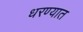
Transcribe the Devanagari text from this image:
धरण्‍यात